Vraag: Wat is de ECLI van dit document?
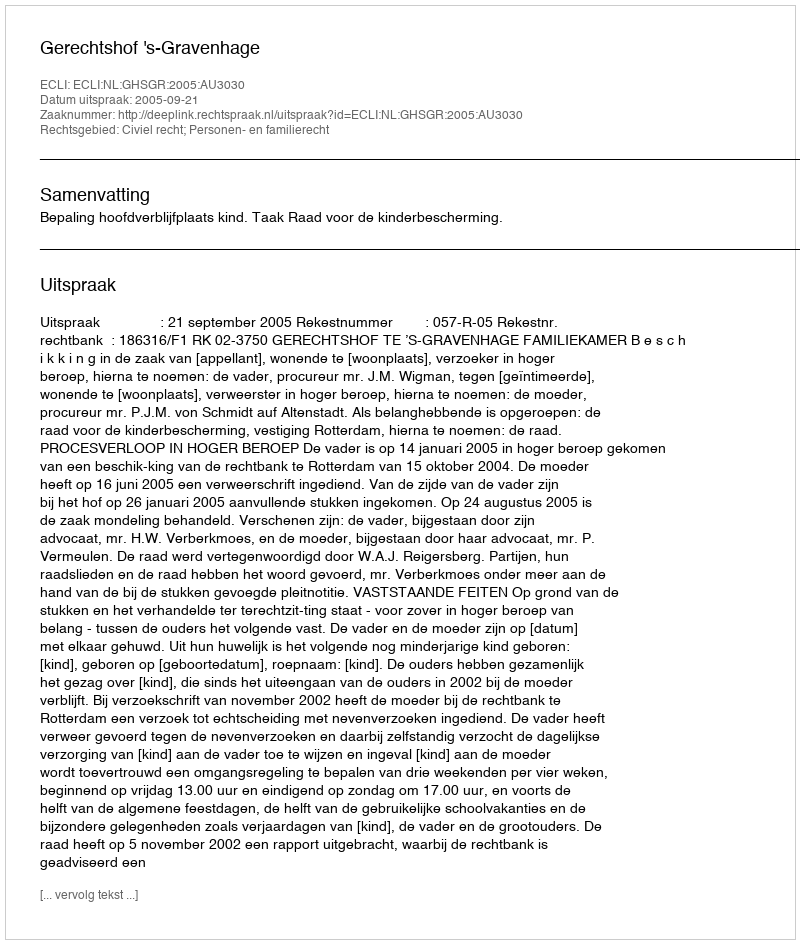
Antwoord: ECLI:NL:GHSGR:2005:AU3030